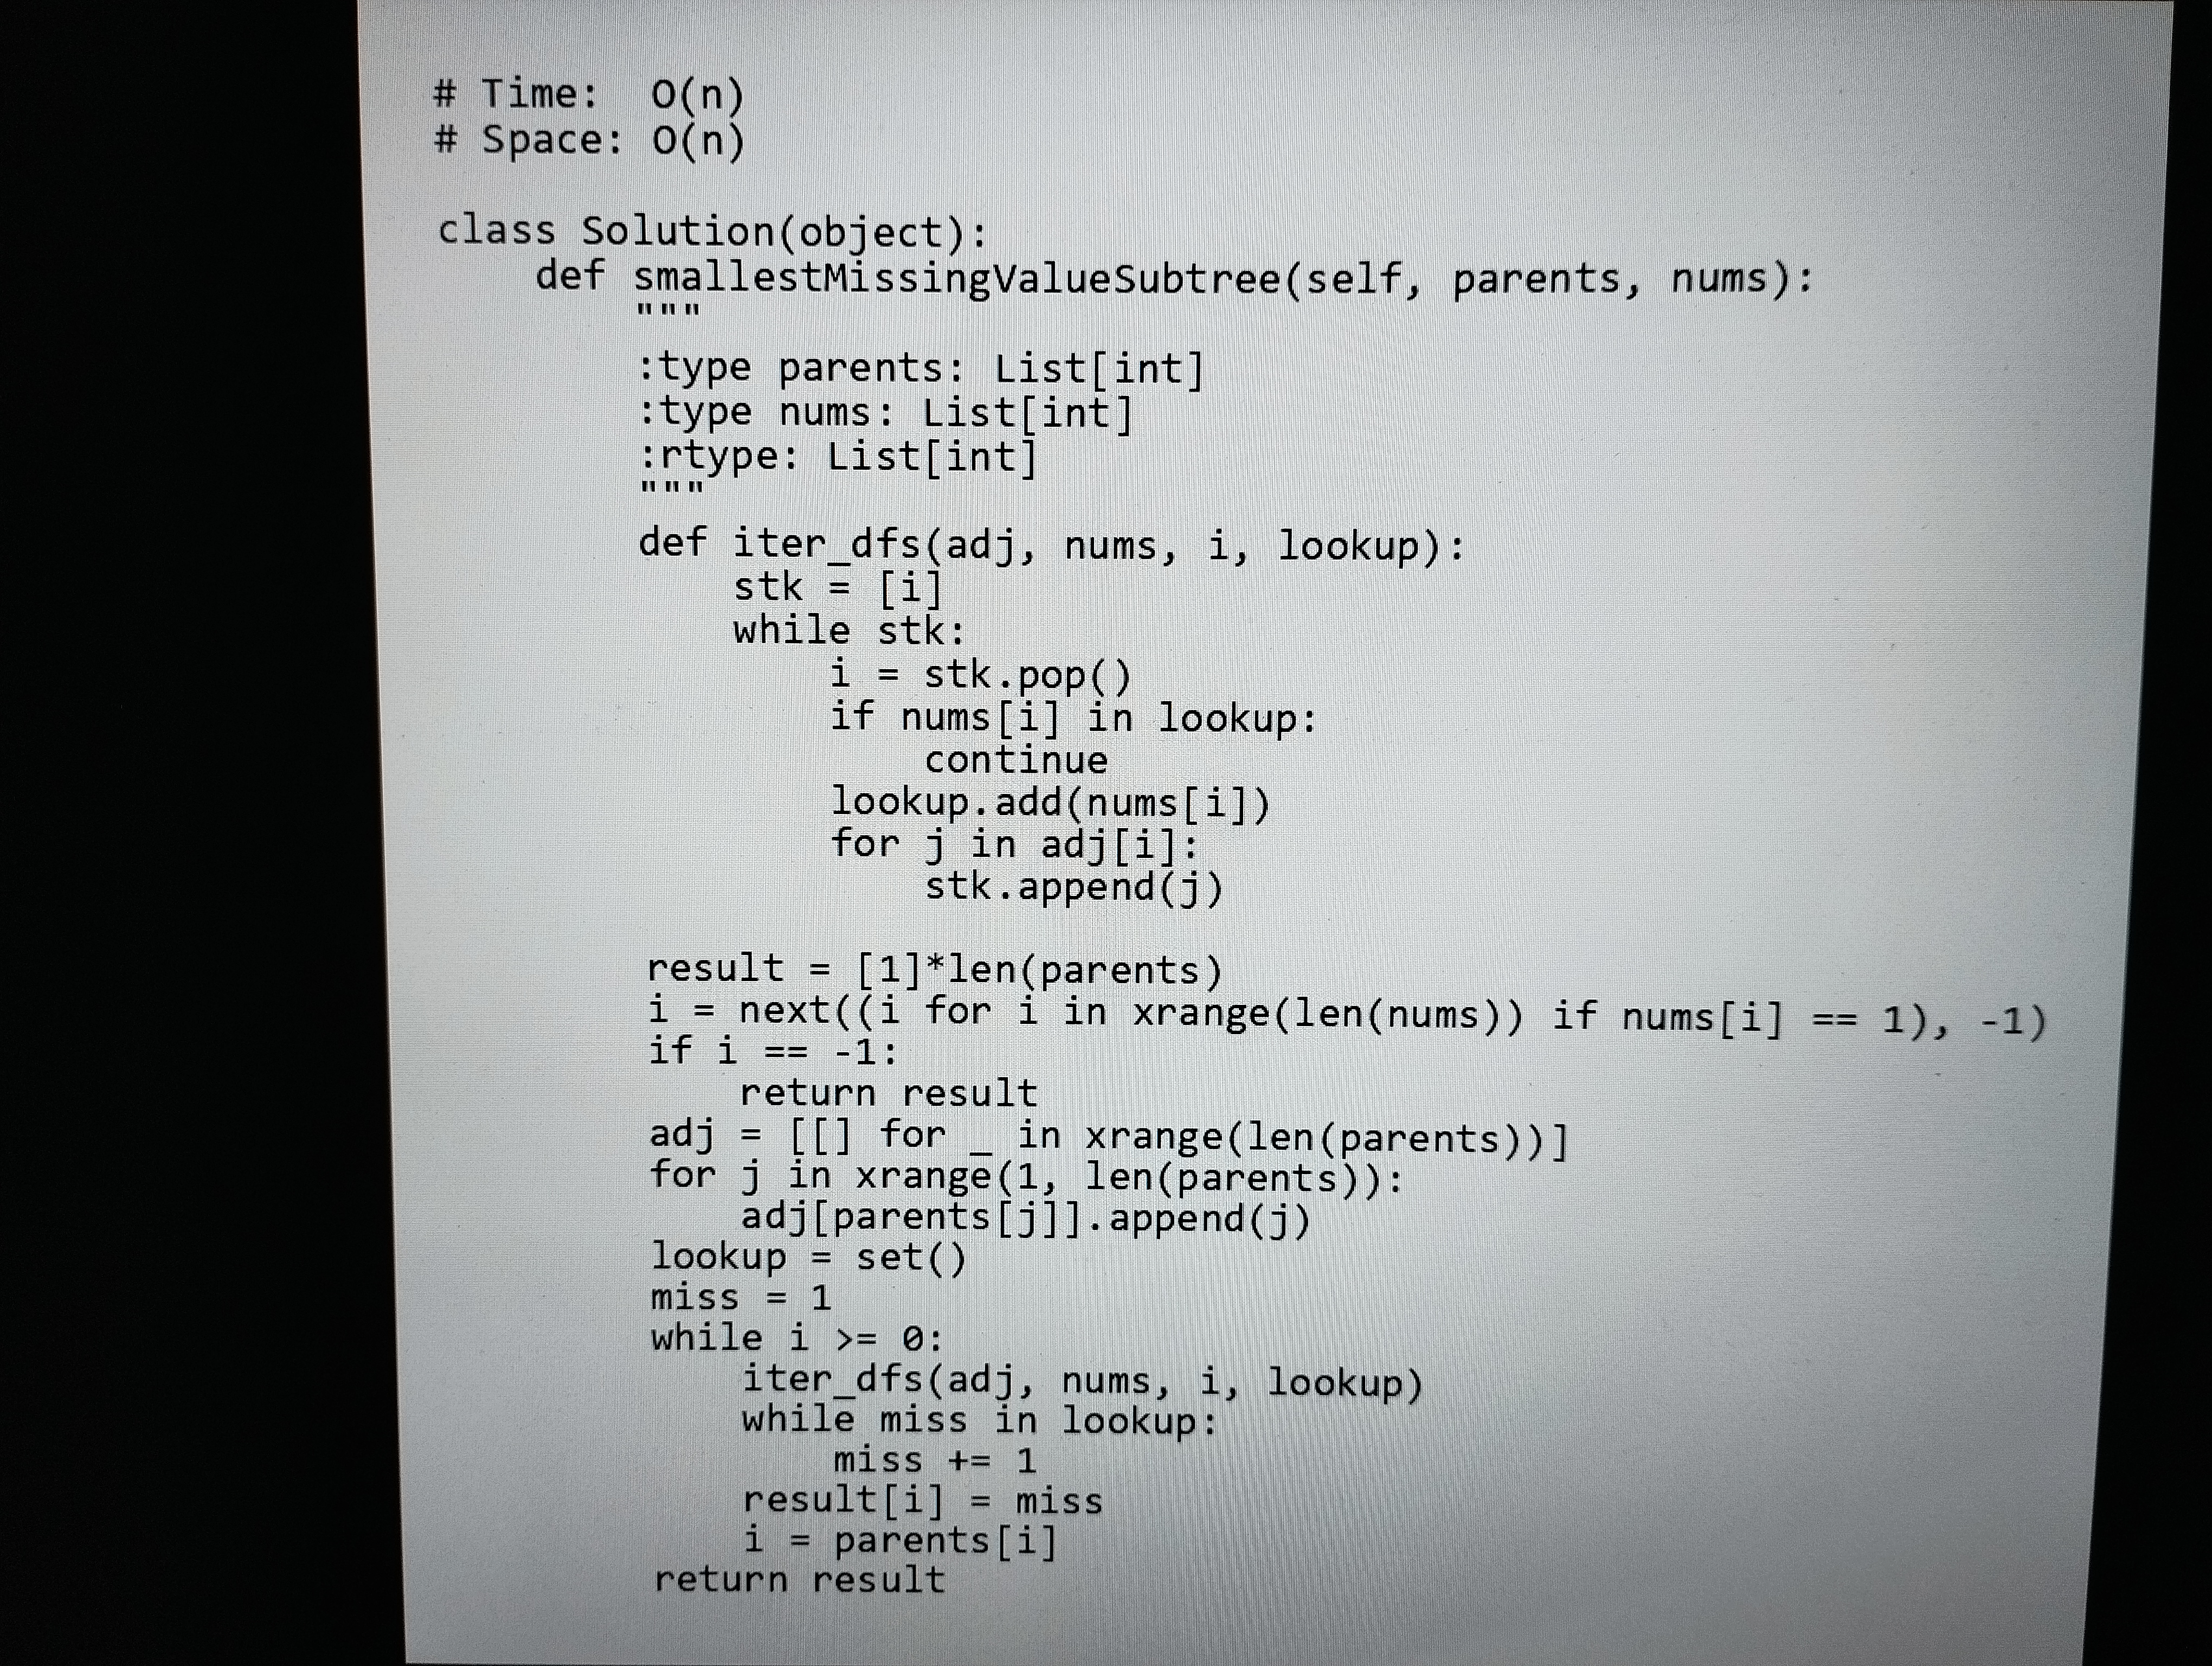
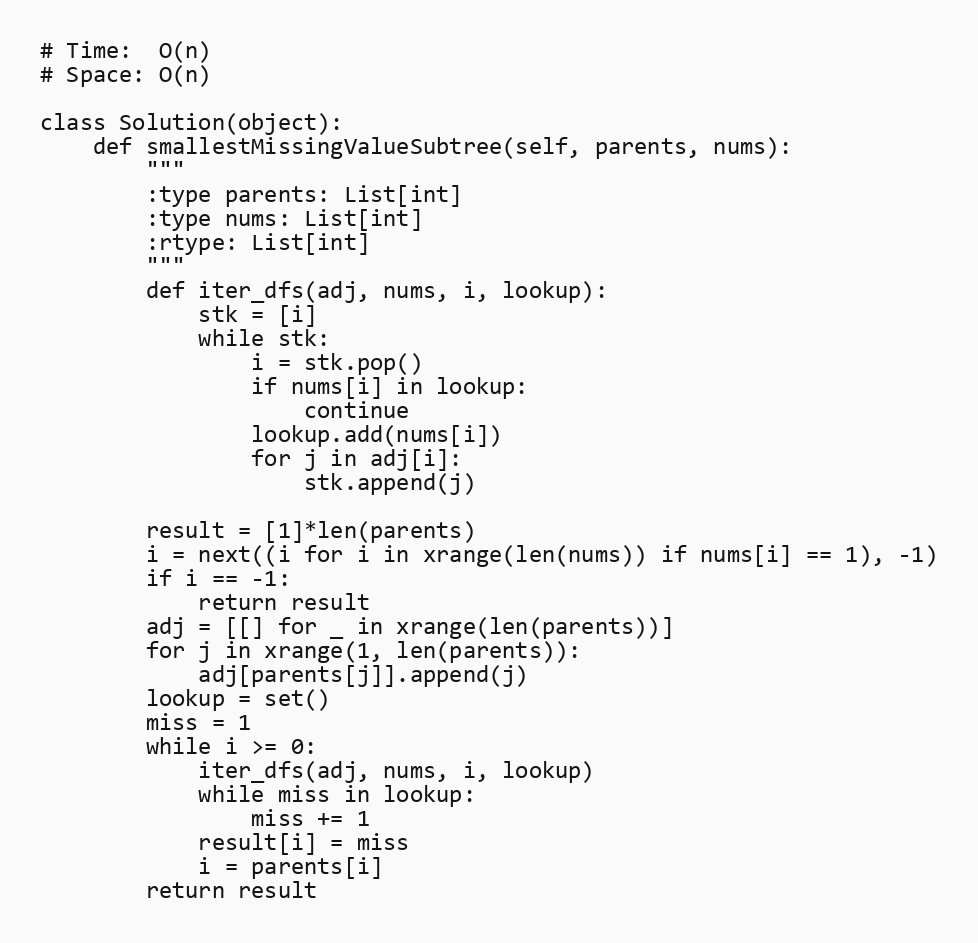
# Time:  O(n)
# Space: O(n)

class Solution(object):
    def smallestMissingValueSubtree(self, parents, nums):
        """
        :type parents: List[int]
        :type nums: List[int]
        :rtype: List[int]
        """
        def iter_dfs(adj, nums, i, lookup):
            stk = [i]
            while stk:
                i = stk.pop()
                if nums[i] in lookup:
                    continue
                lookup.add(nums[i])
                for j in adj[i]:
                    stk.append(j)

        result = [1]*len(parents)
        i = next((i for i in xrange(len(nums)) if nums[i] == 1), -1)
        if i == -1:
            return result
        adj = [[] for _ in xrange(len(parents))]
        for j in xrange(1, len(parents)):
            adj[parents[j]].append(j)
        lookup = set()
        miss = 1
        while i >= 0:
            iter_dfs(adj, nums, i, lookup)
            while miss in lookup:
                miss += 1
            result[i] = miss
            i = parents[i]
        return result